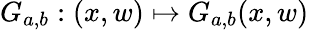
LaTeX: G_{a,b}:(x,w)\mapsto G_{a,b}(x,w)